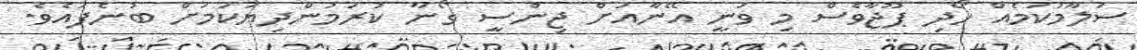
ސަލާމުކަމެއް ހޯދި ޕޫޖާވެސް މި ވަނީ އޭނާއަށް ޖިންސީ ގޯނާ ކުރަމުންދިޔަކަމަށް ބުނެފައެވެ.